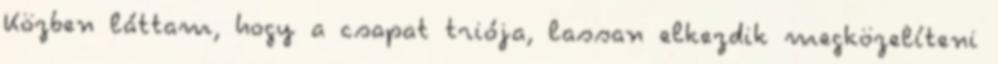
Közben láttam, hogy a csapat triója, lassan elkezdik megközelíteni